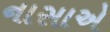
નાસાએ